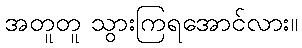
အတူတူ သွားကြရအောင်လား။